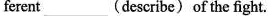
ferent___(describe) of the fight.